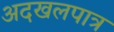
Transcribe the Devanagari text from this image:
अदखलपात्र